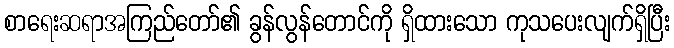
စာရေးဆရာအကြည်တော်၏ ခွန်လွန်တောင်ကို ရှိထားသော ကုသပေးလျက်ရှိပြီး